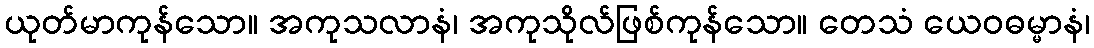
ယုတ်မာကုန်သော။ အကုသလာနံ၊ အကုသိုလ်ဖြစ်ကုန်သော။ တေသံ ယေဝဓမ္မာနံ၊